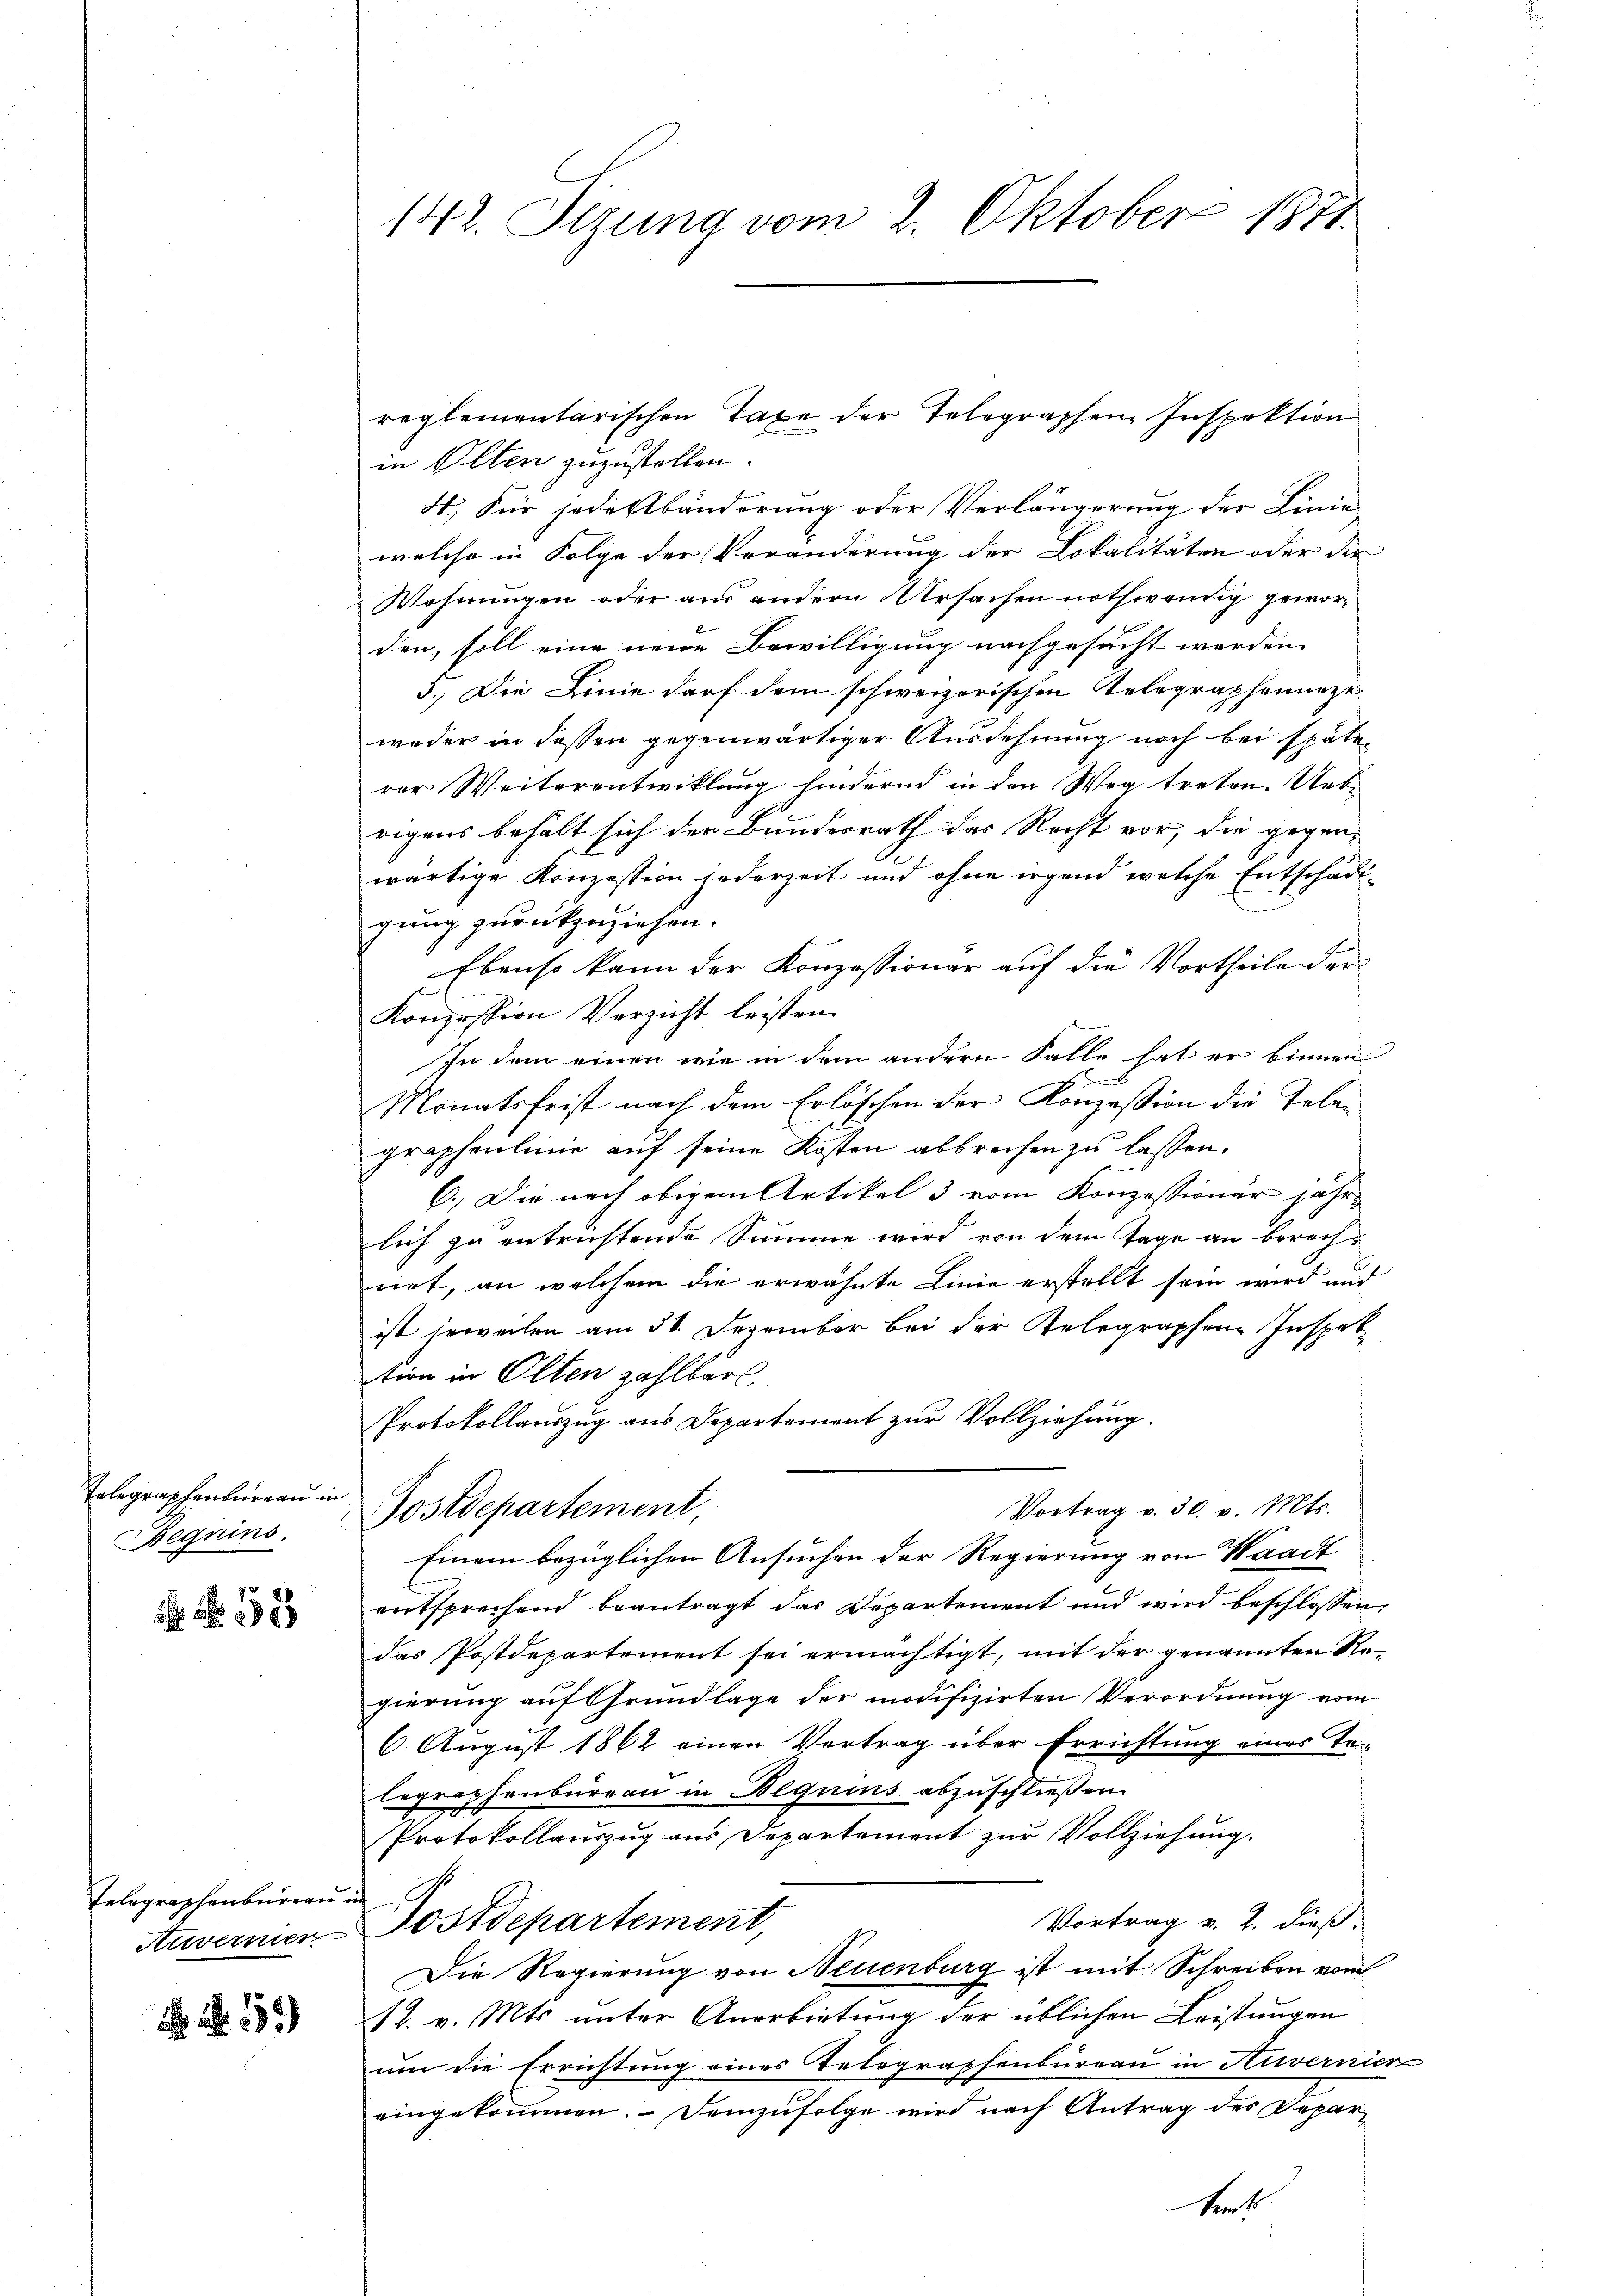
Telegraphenbureau in
Beguins.

13

Eelegraphenbureau in
Auverner

15

142. Sezung vom 2. Oktober 1871.

reglementarischen Taxe der Telegraphen Inspektion
in Olten zuzustellen.
4.) Für jederbänderung oder Verlängerung der Linie
welche in Folge der Veränderung der Lokalitäten oder der
Wohnungen oder aus andern Ursachen nothwendig geworden, soll eine neue Bewilligung nachgesucht werden.
5., Die Linie darf dem schweizerischen Telegraphennze
weder in dessen gegenwärtiger Ausdehnung noch bei späte
rer Weiterentwicklung hindernd in den Weg treten. Ueb-
rigens behält sich der Bundesrath das Recht vor, die gegen-
wärtige Konzession jederzeit und ohne irgend welche Entschädigung zurückzuziehen.
Ebenso kann der Konzessionar auf die Vortheile der
Konzession Verzicht leisten.
In dem einen wie in dem andern Falle hat er binnen
Monatsfrist nach dem Erlöschen der Konzession die Telen
graphenlinie auf seine Kosten abbrechen zu lassen.
6.) Die nach obigem Artikel 3 vom Konzessionär jährlich zu entrichtende Summe wird von dem Tage an berechnet, an welchem die erwähnte Linie erstellt sein wird und
ist jeweilen am 31. Dezember bei der Relegraphen Inspet
tion in Olten zahlbar.
Protokollauszug aus Departement zur Vollziehung.
d
Vortrag v. 30. v. Mts.
Postdepartement,
Einem bezüglichen Ansuchen der Regierung von Waadt
wortsprechend beantragt das Departement und wird beschlossen,
das Postdepartement sei ermächtigt, mit der genannten Regierung auf Grundlage der modifizirten Verordnung vom
6 August 1862 einen Vertrag über Errichtung eines Ta-
legraphenbureau in Beguins abzuschließen.
Protokollauszug aus Departement zur Vollziehung.
Vortrag v. 2. dieß.
Postdepartement,
Die Regierung von Neuenburg ist mit Schreiben vom
12. v. Mts. unter Anerbietung der üblichen Leistungen
um die Errichtung eines Telegraphenbureau in Nievernier
eingekommen. Demzufolge wird nach Antrag des Depar¬
Sent